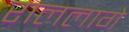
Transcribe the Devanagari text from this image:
राललागे